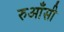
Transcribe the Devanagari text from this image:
रुआँसी